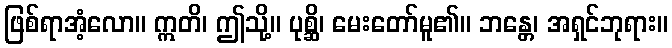
ဖြစ်ရာအံ့လော။ ဣတိ၊ ဤသို့။ ပုစ္ဆိ၊ မေးတော်မူ၏။ ဘန္တေ၊ အရှင်ဘုရား။